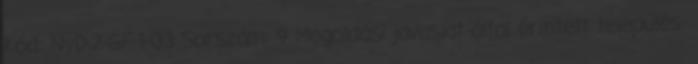
Kód: NyD-2-GF-1-03 Sorszám: 9 Megoldási javaslat által érintett település-